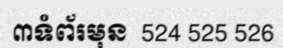
៣ទំព័រមុន  524 525 526